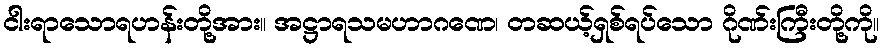
ငါးရာသောရဟန်းတို့အား။ အဋ္ဌာရသမဟာဂဏေ၊ တဆယ့်ရှစ်ရပ်သော ဂိုဏ်းကြီးတို့ကို။